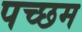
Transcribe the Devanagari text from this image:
पच्छम